Report of an investigation of the epidemic of malarial fever in Assam, or, kala-azar
Disease focus: Malaria
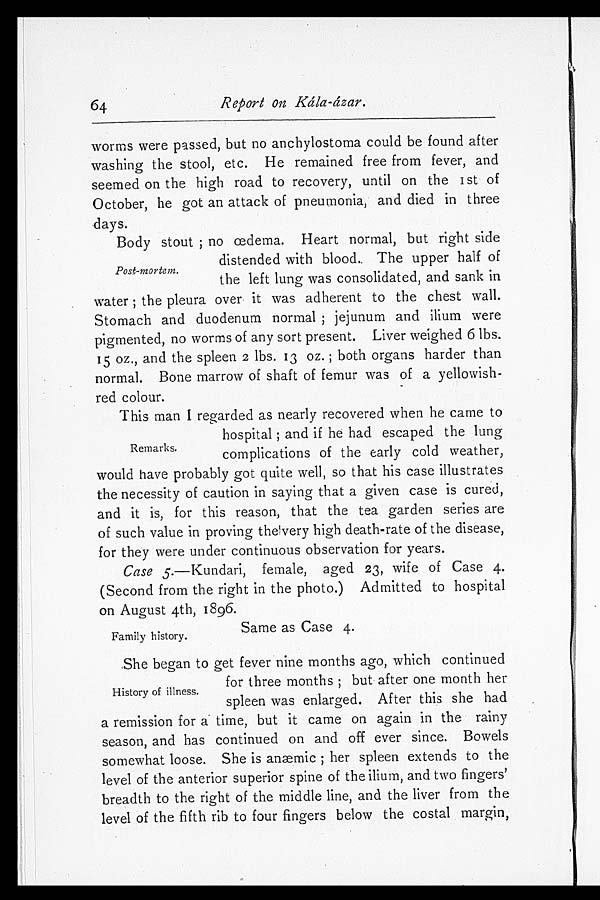
64
Report on Kála-ázar.
worms were passed, but no anchylostoma could be found after
washing the stool, etc. He remained free from fever, and
seemed on the high road to recovery, until on the 1st of
October, he got an attack of pneumonia, and died in three
days.
Body stout; no œdema. Heart normal, but right side
distended with blood. The upper half of
the left lung was consolidated, and sank in
water; the pleura over it was adherent to the chest wall.
Stomach and duodenum normal; jejunum and ilium were
pigmented, no worms of any sort present. Liver weighed 6 lbs.
15 oz., and the spleen 2 lbs. 13 oz.; both organs harder than
normal. Bone marrow of shaft of femur was of a yellowish-
red colour.
This man I regarded as nearly recovered when he came to
hospital; and if he had escaped the lung
complications of the early cold weather,
would have probably got quite well, so that his case illustrates
the necessity of caution in saying that a given case is cured,
and it is, for this reason, that the tea garden series are
of such value in proving the very high death-rate of the disease,
for they were under continuous observation for years.
Case 5.—Kundari, female, aged 23, wife of Case 4.
(Second from the right in the photo.) Admitted to hospital
on August 4th, 1896.
Same as Case 4.
She began to get fever nine months ago, which continued
for three months; but after one month her
spleen was enlarged. After this she had
a remission for a time, but it came on again in the rainy
season, and has continued on and off ever since. Bowels
somewhat loose. She is anæmic; her spleen extends to the
level of the anterior superior spine of the ilium, and two fingers'
breadth to the right of the middle line, and the liver from the
level of the fifth rib to four fingers below the costal margin,
Post-mortem.
Remarks.
Family history.
History of illness.